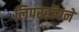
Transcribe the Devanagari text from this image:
लिपरहॉयने